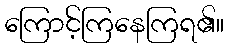
ကြောင့်ကြနေကြရ၏။